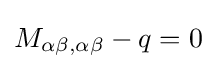
M_{\alpha \beta ,\alpha \beta }-q=0